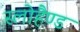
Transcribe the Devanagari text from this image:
स्लोहैण्ड